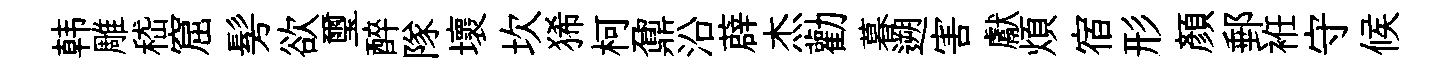
韩雕嵇窟髣欲璽醉隊壞坎狶柯鼐沿薜杰勸暮遡害獻煩宿形顏郵袵守候